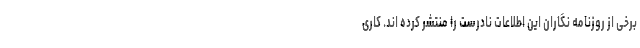
برخی از روزنامه نگاران این اطلاعات نادرست را منتشر کرده اند. کاری